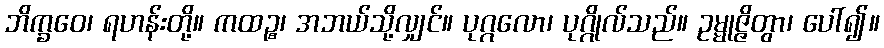
ဘိက္ခဝေ၊ ရဟန်းတို့။ ကထဉ္စ၊ အဘယ်သို့လျှင်။ ပုဂ္ဂလော၊ ပုဂ္ဂိုလ်သည်။ ဥမ္မုဇ္ဇိတွာ၊ ပေါ်၍။